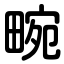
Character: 畹